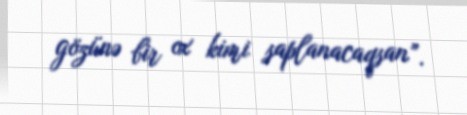
gözünə bir ox kimi saplanacaqsan”.